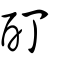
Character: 酊